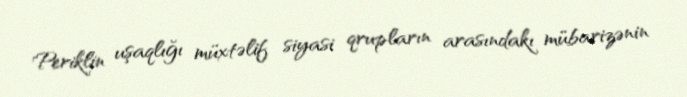
Periklin uşaqlığı müxtəlif siyasi qrupların arasındakı mübarizənin